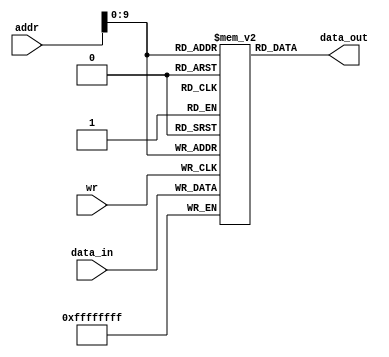
`timescale 1ns / 1ps
module Data_Mem(
    input [31:0] addr,
    input [31:0] data_in,
    input wr,
    output [31:0] data_out
    );


  reg[31:0] Data[0:1023];
  
  assign data_out=Data[addr];

always@(posedge wr)
Data[addr] = data_in;
 

endmodule